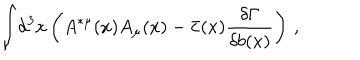
\displaystyle { \int } d ^ { 3 } x \left( A ^ { * \mu } ( x ) A _ { \mu } ( x ) - \bar { c } ( x ) { \displaystyle { \frac { \delta \Gamma } { \delta b ( x ) } } } \right) \, ,